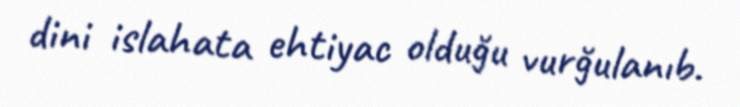
dini islahata ehtiyac olduğu vurğulanıb.